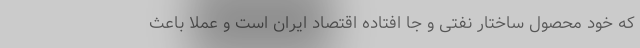
که خود محصول ساختار نفتی و جا افتاده اقتصاد ایران است و عملا باعث